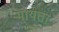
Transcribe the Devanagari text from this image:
मायता